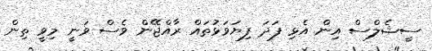
ސީޝެލްސް އިން އެޅި ފަދަ ފިޔަވަޅުތައް ރާއްޖޭން ވެސް ވަނީ މިވީ ތިން